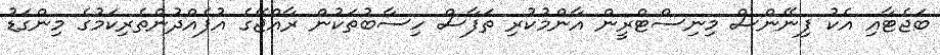
ބަޖެޓާއި އެކު ފިނޭންސް މިނިސްޓްރީން އާންމުކުރި ތަފާސް ހިސާބުތަކުން ރާއްޖޭގެ އުފެއްދުންތެރިކަމުގެ މިންގަޑު